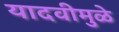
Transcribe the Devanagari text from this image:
यादवीमुळे